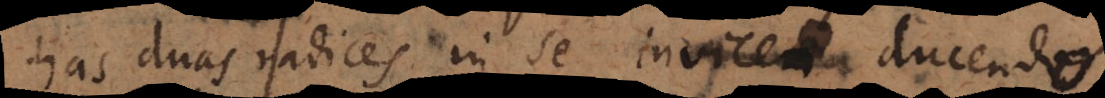
has duas radices in se invicem ducendo